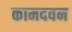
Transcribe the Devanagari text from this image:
कामदवन